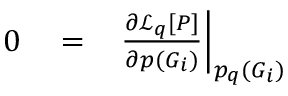
\begin{array} { r l r } { 0 } & { { } = } & { \left. \frac { \partial \mathcal { L } _ { q } [ P ] } { \partial p ( G _ { i } ) } \right| _ { p _ { q } ( G _ { i } ) } } \end{array}